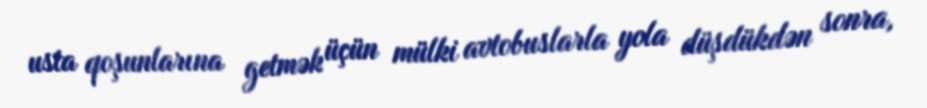
usta qoşunlarına getmək üçün mülki avtobuslarla yola düşdükdən sonra,